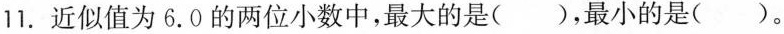
11.近似值为6.0的两位小数中，最大的是( )，最小的是( )。